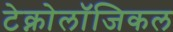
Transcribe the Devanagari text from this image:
टेक्नोलॉजिकल